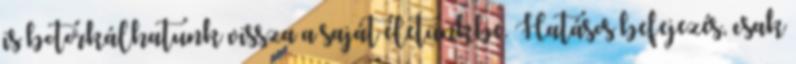
is botorkálhatunk vissza a saját életünkbe. Hatásos befejezés, csak